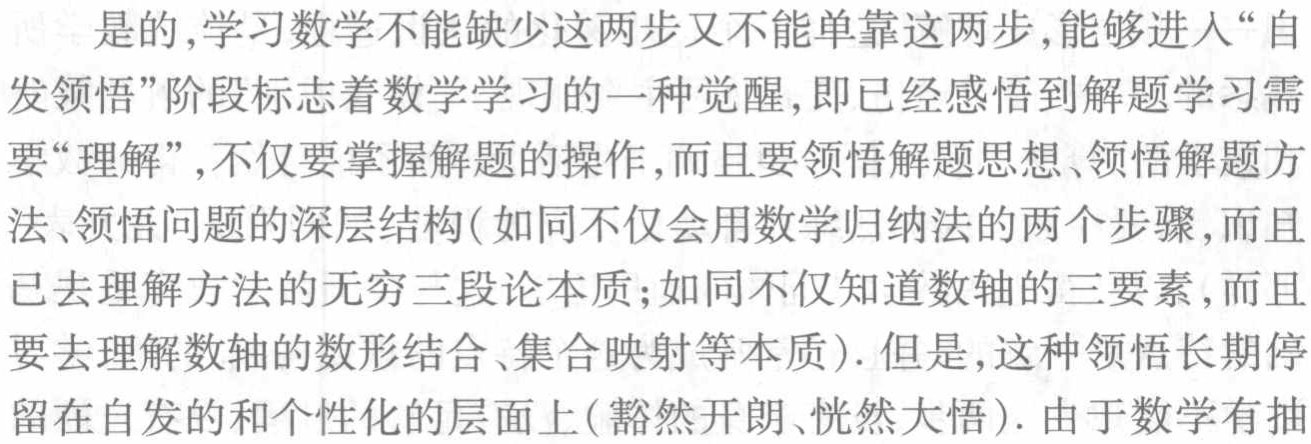
是的,学习数学不能缺少这两步又不能单靠这两步,能够进人“自发领悟”阶段标志着数学学习的一种觉醒,即已经感悟到解题学习需要“理解”,不仅要掌握解题的操作,而且要领悟解题思想、领悟解题方法、领悟问题的深层结构(如同不仅会用数学归纳法的两个步骤,而且已去理解方法的无穷三段论本质;如同不仅知道数轴的三要素,而且要去理解数轴的数形结合、集合映射等本质). 但是,这种领悟长期停留在自发的和个性化的层面上(豁然开朗、恍然大悟). 由于数学有抽